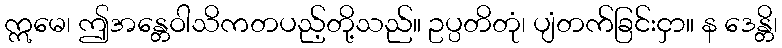
ဣမေ၊ ဤအန္တေဝါသိကတပည့်တို့သည်။ ဥပ္ပတိတုံ၊ ပျံတက်ခြင်းငှာ။ န ဒေန္တိ၊